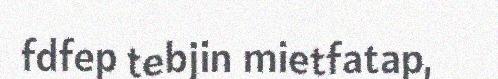
fdfep tebjin mietfatap,